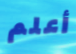
أعلم